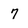
Character: 7